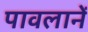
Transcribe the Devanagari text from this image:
पावलानें